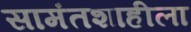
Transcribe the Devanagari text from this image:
सामंतशाहीला